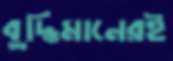
বুদ্ধিমানেরই